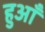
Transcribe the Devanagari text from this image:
हुआँ